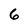
Character: 6